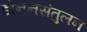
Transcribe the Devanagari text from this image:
डोननसंतुलन